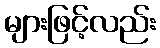
များဖြင့်လည်း